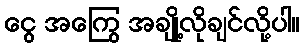
ငွေ အကြွေ အချို့လိုချင်လို့ပါ။